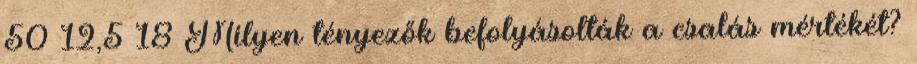
50 12,5 18 Milyen tényezők befolyásolták a csalás mértékét?